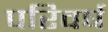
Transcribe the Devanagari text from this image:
परिवर्ष